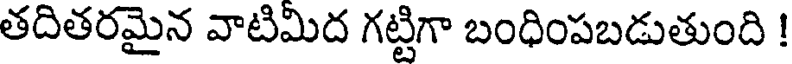
తదితరమైన వాటిమిద గట్టిగా బంధింపబడుతుంది !